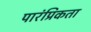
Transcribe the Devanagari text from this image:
पारंप्रिकता